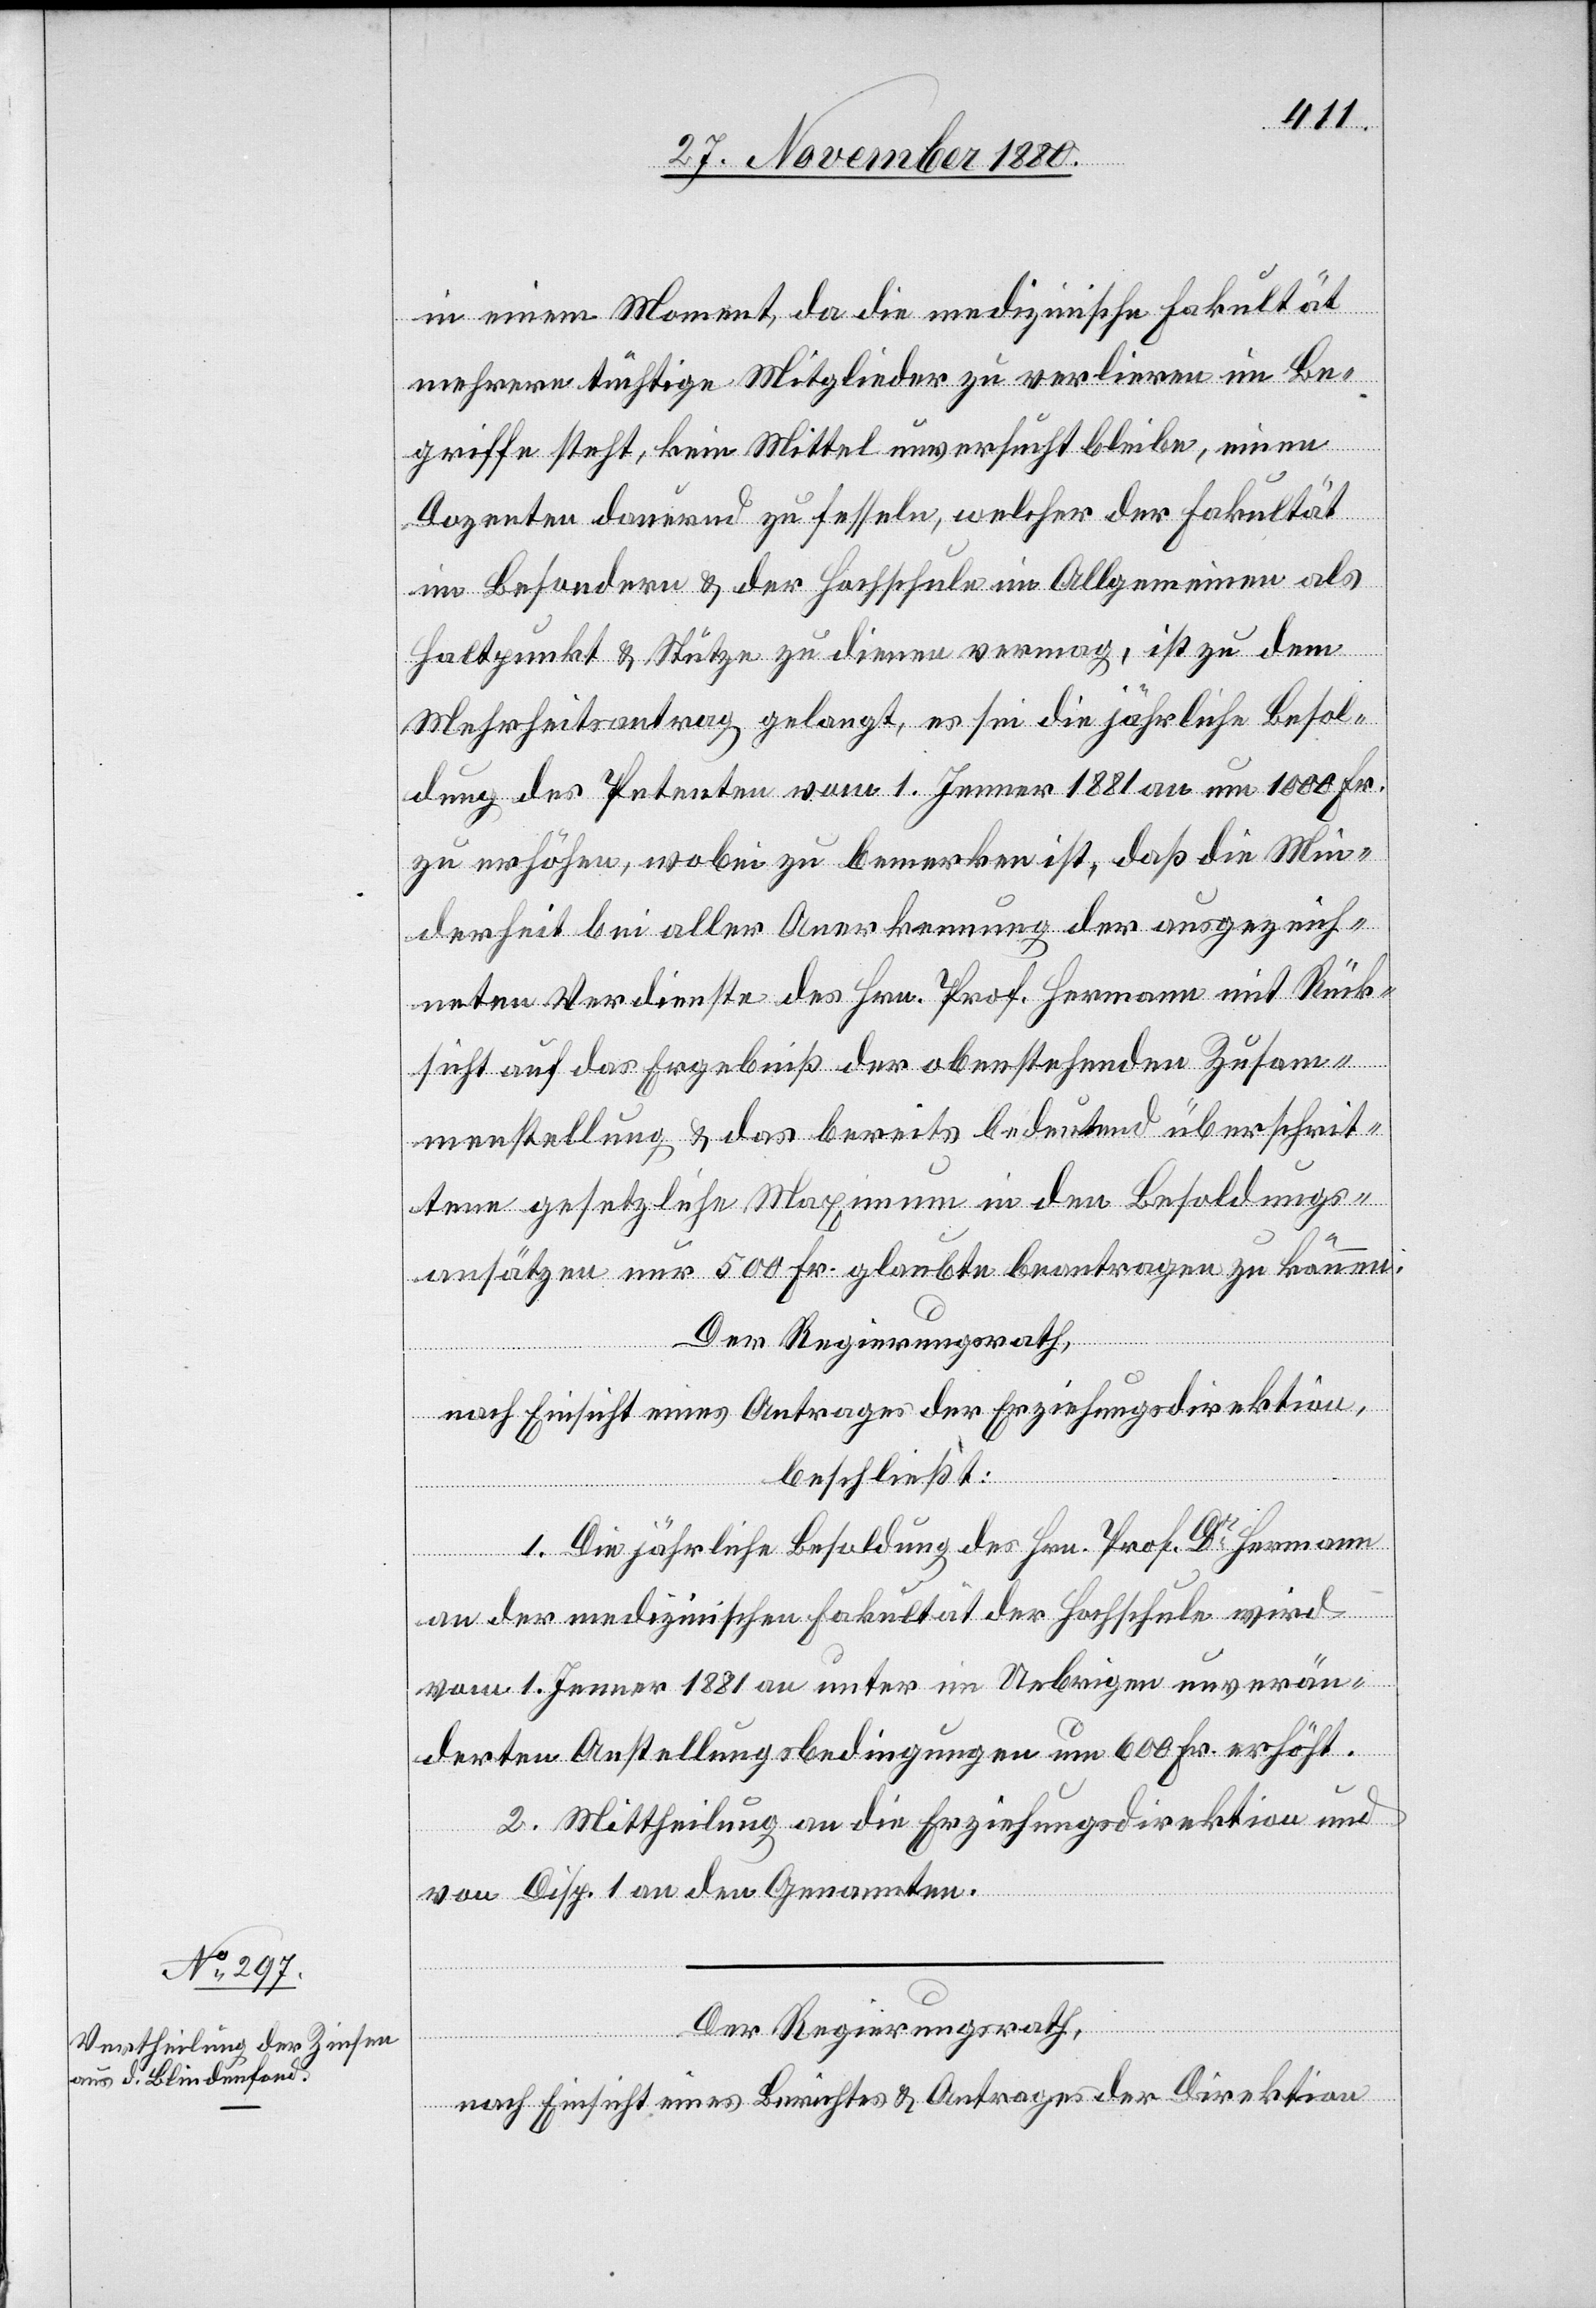
in einem Moment, da die medizinische Fakultät
mehrere tüchtige Mitglieder zu verlieren im Be¬
griffe steht, kein Mittel unversucht bleibe, einen
Dozenten dauernd zu fesseln, welcher der Fakultät
im Besondern & der Hochschule im Allgemeinen als
Haltpunkt & Stütze zu dienen vermag, ist zu dem
Mehrheitsantrag gelangt, es sei die jährliche Besol¬
dung des Petenten vom 1. Jenner 1881 an um 1000 Fr.
zu erhöhen, wobei zu bemerken ist, daß die Min¬
derheit bei aller Anerkennung der ausgezeich¬
neten Verdienste des Hrn. Prof. Hermann mit Rück¬
sicht auf das Ergebniß der obenstehenden Zusam¬
menstellung & das bereits bedeutend überschrit¬
tene gesetzliche Maximum in den Besoldungs¬
ansätzen nur 500 Fr. glaubte beantragen zu können.
Der Regierungsrath,
nach Einsicht eines Antrages der Erziehungsdirektion,
beschließt:
1. Die jährliche Besoldung des Hrn. Prof. Dr Hermann
an der medizinischen Fakultät der Hochschule wird
vom 1. Jenner 1881 an unter im Uebrigen unverän¬
derten Anstellungsbedingungen um 600 Fr. erhöht.
2. Mittheilung an die Erziehungsdirektion und
von Disp. 1 an den Genannten.
Der Regierungsrath,
nach Einsicht eines Berichtes & Antrages der Direktion